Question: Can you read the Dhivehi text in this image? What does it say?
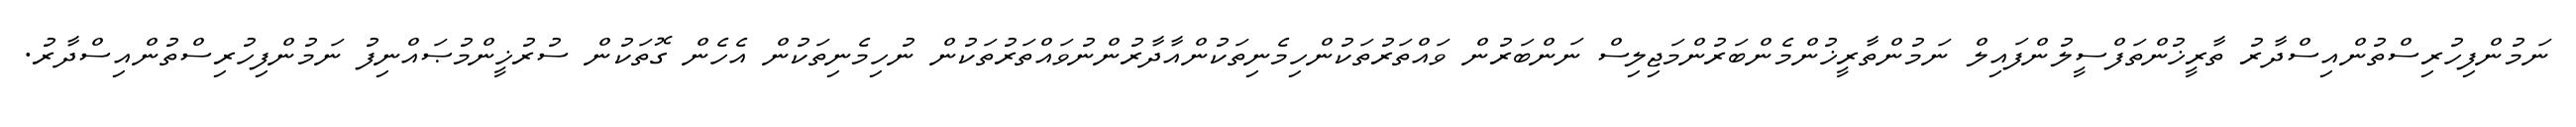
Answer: ނަމުންފިހުރިސްތުންއިސްދާރު ތާރީޚުންތަފްސީލުންފައިލް ނަމުންތާރީޚުންމެންބަރުންމަޖިލިސް ނަންބަރުން ވައްތަރުތަކުންހިމެނިތަކުންއާދާރުންނުވައްތަރުތަކުން ނުހިމެނިތަކުން އެހެން ގޮތަކުން ސުރުޚީންމުޞައްނިފު ނަމުންފިހުރިސްތުންއިސްދާރު.